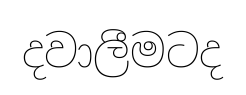
දවාලීමටද